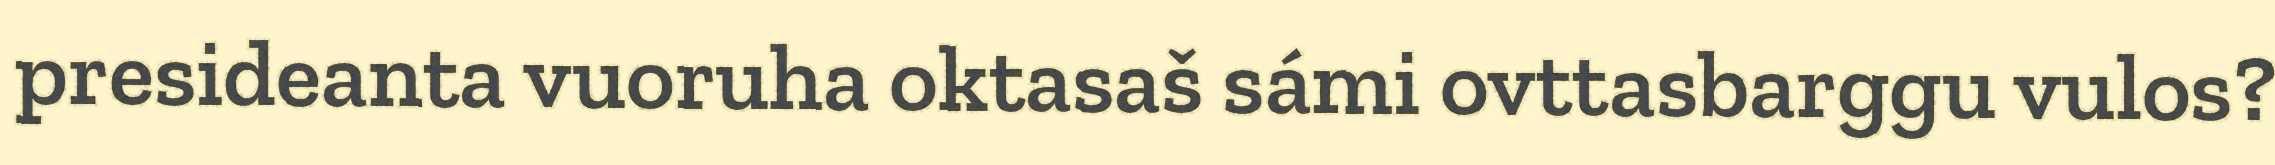
presideanta vuoruha oktasaš sámi ovttasbarggu vulos?